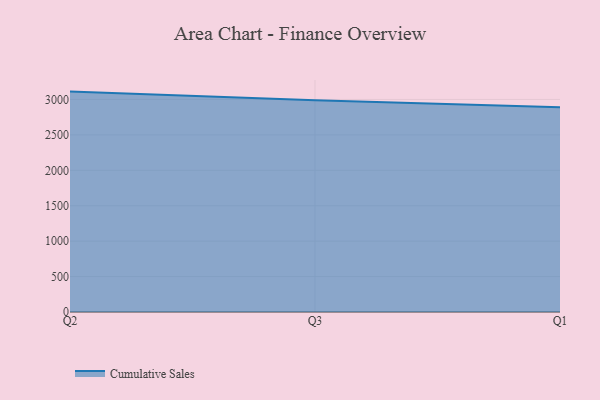
{"axis": {"x": "Quarter", "y": "Production Output"}, "legend": ["Cumulative Sales"], "data": [{"x": "Q2", "y": 3110.7, "type": "Cumulative Sales"}, {"x": "Q3", "y": 2987.5, "type": "Cumulative Sales"}, {"x": "Q1", "y": 2891.0, "type": "Cumulative Sales"}]}